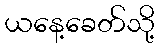
ယနေ့ခေတ်သို့